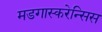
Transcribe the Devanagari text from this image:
मडगास्करेन्सिस